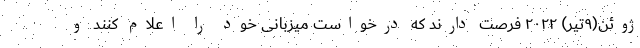
ژوئن(۹تیر) ۲۰۲۲ فرصت دارند که درخواست میزبانی خود را اعلام کنند و